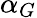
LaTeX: \alpha_{G}